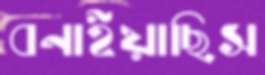
বনাইয়াছিস